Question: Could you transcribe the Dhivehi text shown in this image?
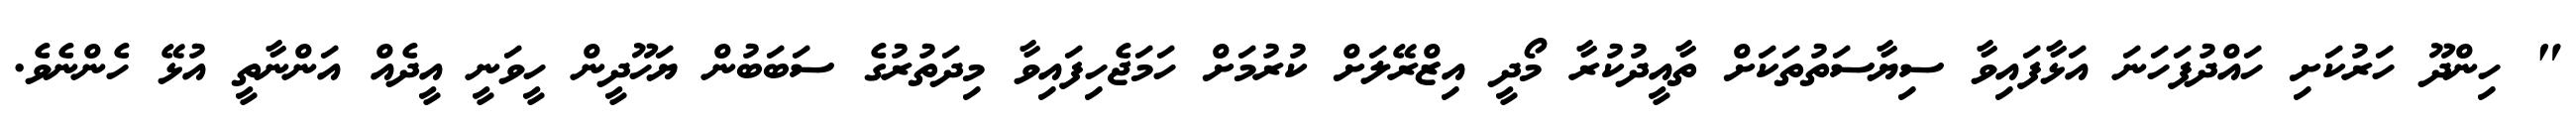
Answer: " ހިންދޫ ހަރުކަށި ހައްދުފަހަނަ އަޅާފައިވާ ސިޔާސަތުތަކަށް ތާއީދުކުރާ މޯދީ އިޒްރޭލަށް ކުރުމަށް ހަމަޖެހިފައިވާ މިދަތުރުގެ ސަބަބުން ޔަހޫދީން ހީވަނީ އީދެއް އަންނާތީ އުޅޭ ހެންނެވެ.